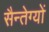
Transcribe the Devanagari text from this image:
सैन्तेग्यों